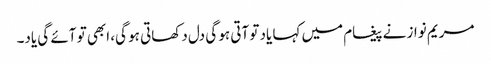
مریم نواز نے پیغام میں کہا یاد تو آتی ہو گی دل دکھاتی ہو گی، ابھی تو آئے گی یاد۔